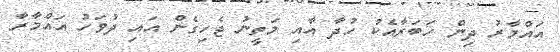
އައްމާރު ދިން ހަބަރާއެކު ހުދާ އާއި މަތީނު ޖެހިގެން އައި ދުވަހު އައްމާރާ